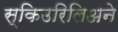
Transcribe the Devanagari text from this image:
स्किउरिलिअने